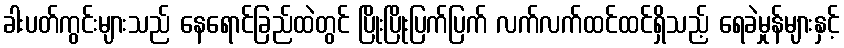
ခါးပတ်ကွင်းများသည် နေရောင်ခြည်ထဲတွင် ပြိုးပြိုးပြက်ပြက် လက်လက်ထင်ထင်ရှိသည့် ရေခဲမှုန်များနှင့်